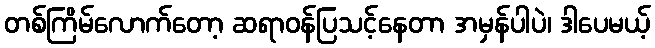
တစ်ကြိမ်လောက်တော့ ဆရာဝန်ပြသင့်နေတာ အမှန်ပါပဲ၊ ဒါပေမယ့်